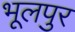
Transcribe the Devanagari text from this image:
भूलपुर